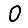
Digit: 0